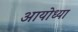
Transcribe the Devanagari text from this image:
अायोध्या